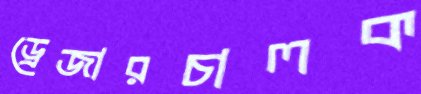
ড্রেজারচালক